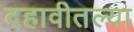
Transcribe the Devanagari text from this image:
दहावीतल्या